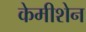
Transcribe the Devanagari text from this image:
केमीशेन